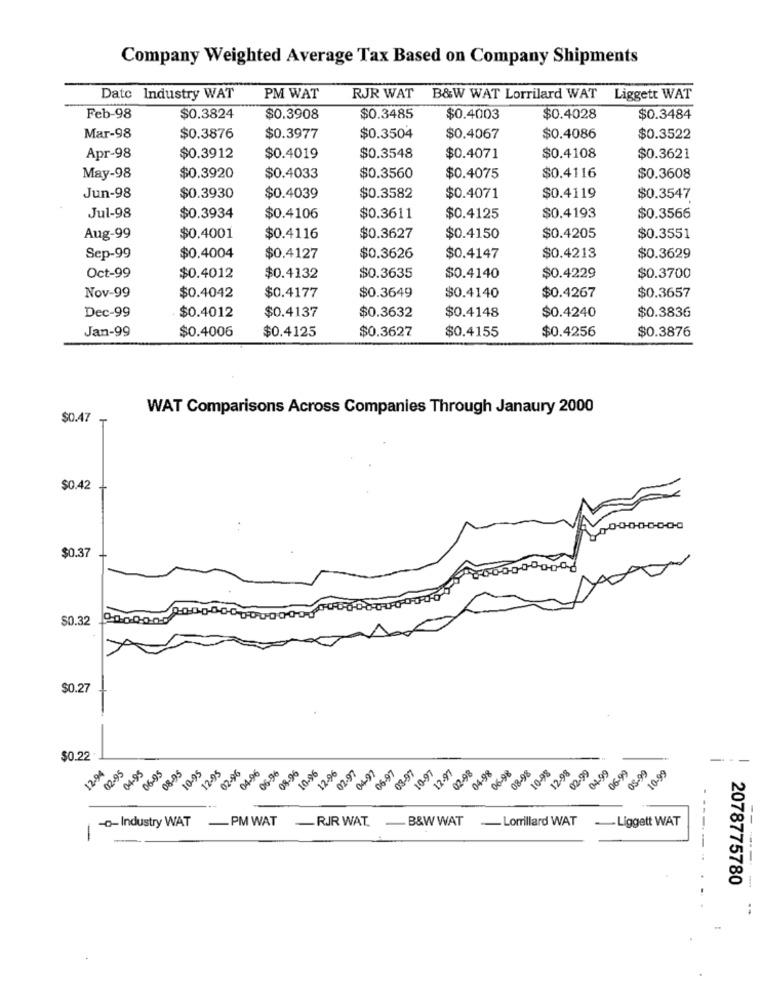
Company Weighted Average Tax Based on Company Shipments
Date Industry WAT
PM WAT
RJR WAT B&W WAT Lorrilard WAT Liggett WAT
Feb-98
$0.3824
$0.3908
$0.3485
$0.4003
$0.4028
$0.3484
Mar-98
$0.3876
$0.3977
$0.3504
$0.4067
$0.4086
$0.3522
Apr-98
$0.3912
$0.4019
$0.3548
$0.4071
$0.4108
$0.3621
$0.4116
May-98
$0.3920
$0.4033
$0.3560
$0.4075
$0.3608
Jun-98
$0.3930
$0.4039
$0.3582
$0.4071
$0.4119
$0.3547
Jul-98
$0.3934
$0.4106
$0.3611
$0.4125
$0.4193
$0.3566
Aug-99
$0.4001
$0.4116
$0.3627
$0.4150
$0.4205
$0.3551
Sep-99
$0.4004
$0.4127
$0.3626
$0.4147
$0.4213
$0.3629
Oct-99
$0.4012
$0.4132
$0.3635
$0.4140
$0.4229
$0.3700
Nov-99
$0.4042
$0.4177
$0.3649
$0.4140
$0.4267
$0.3657
$0.4137
$0.4148
Dec-99
$0.4012
$0.3632
$0.4240
$0.3836
Jan-99
$0.4006
$0.4125
$0.3627
$0.4155
$0.4256
$0.3876
WAT Comparisons Across Companies Through Janaury 2000
$0.47
$0.42
$0.37
$0.32
$0.27
$0.22
---
12:04
12-95
04.95
06-95
08-95
10-95
12-95
02-96
04-96
06-96
08-96
10-96
12-96
02.97
04-97
06.97
08.07
10.97
12.97
02-98
04.98
06-98
08-98
0-98
12.98
02.99
04-99
06-99
08-99
10-99
-------
-o- Industry WAT
-PM WAT
-RJR WAT
B&W WAT
-Lomillard WAT
Liggett WAT
2078775780
..